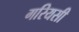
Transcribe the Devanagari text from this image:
गरियसी